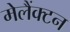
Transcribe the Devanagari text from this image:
मेलैंक्टन